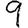
Digit: 9